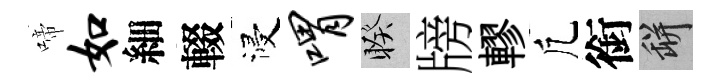
啼如細輟浸喟睽牓轇凢銜瓶